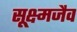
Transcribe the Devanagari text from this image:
सूक्ष्मजैव